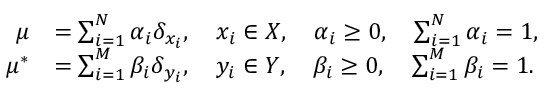
\begin{array} { r l } { \mu } & { = \sum _ { i = 1 } ^ { N } \alpha _ { i } \delta _ { x _ { i } } , \quad x _ { i } \in X , \quad \alpha _ { i } \geq 0 , \quad \sum _ { i = 1 } ^ { N } \alpha _ { i } = 1 , } \\ { \mu ^ { \ast } } & { = \sum _ { i = 1 } ^ { M } \beta _ { i } \delta _ { y _ { i } } , \quad y _ { i } \in Y , \quad \beta _ { i } \geq 0 , \quad \sum _ { i = 1 } ^ { M } \beta _ { i } = 1 . } \end{array}